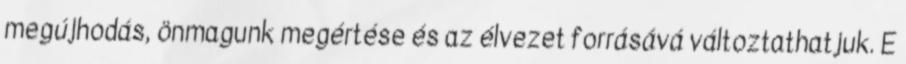
megújhodás, önmagunk megértése és az élvezet forrásává változtathatjuk. E